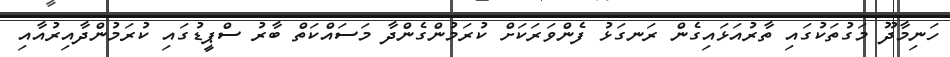
ހަނިމާދޫ މަގުތަކުގައި ތާރުއަޅައިގެން ރަނގަޅު ފެންވަރަކަށް ކުރަމުންގެންދާ މަސައްކަތް ބާރު ސްޕީޑުގައި ކުރަމުންދާއިރުއާއި